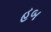
હબ